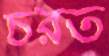
চরত